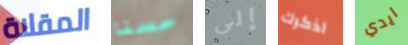
المقلاة حسنا إلى اذكرك ايدي